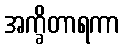
အက္ခိတာရကာ